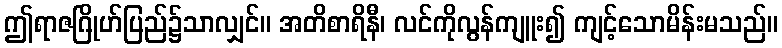
ဤရာဇဂြိုဟ်ပြည်၌သာလျှင်။ အတိစာရိနီ၊ လင်ကိုလွန်ကျူး၍ ကျင့်သောမိန်းမသည်။